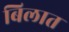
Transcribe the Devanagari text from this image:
बिलात